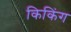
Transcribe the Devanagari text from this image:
किकिंग